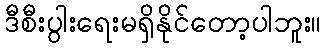
ဒီစီးပွါးရေးမရှိနိုင်တော့ပါဘူး။